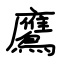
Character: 鷹